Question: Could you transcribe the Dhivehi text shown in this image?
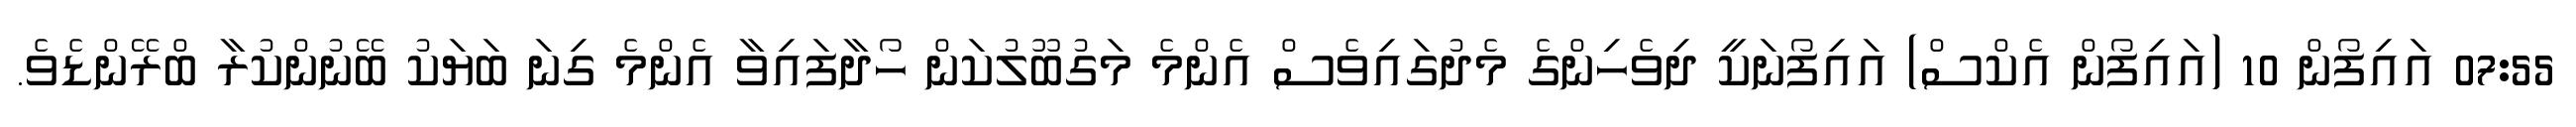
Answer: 07:55 އައިފޯން 10 (އައިފޯން އެކްސް) އައިފޯނަކީ ދިވެހިންގެ މެދުގައިވެސް އެންމެ މަގުބޫލުކަން ހޯދާފައިވާ އެންމެ ގިނަ ބަޔަކު ބޭނުންކުރާ ބްރޭންޑެވެ.